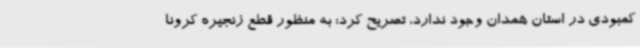
کمبودی در استان همدان وجود ندارد، تصریح کرد: به منظور قطع زنجیره کرونا